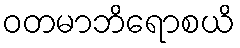
ဝတမာဘိရောစယိ